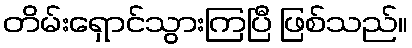
တိမ်းရှောင်သွားကြပြီ ဖြစ်သည်။